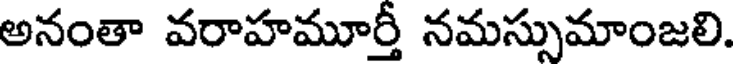
అనంతా వరాహమూర్తీ నమస్సుమాంజలి.